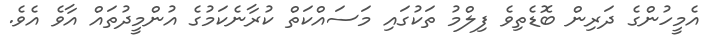
އެމީހުންގެ ދަރިން ބޮޑެތިވެ ފިލްމު ތަކުގައި މަސައްކަތް ކުރާނެކަމުގެ އުންމީދުތައް އާވެ އެވެ.